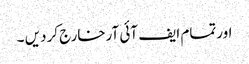
اورتمام ایف آئی آرخارج کردیں ۔